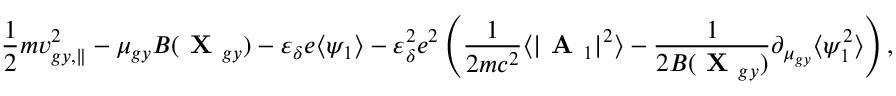
\frac { 1 } { 2 } m v _ { g y , \parallel } ^ { 2 } - \mu _ { g y } B ( \textbf { X } _ { g y } ) - \varepsilon _ { \delta } e \langle \psi _ { 1 } \rangle - \varepsilon _ { \delta } ^ { 2 } e ^ { 2 } \left( \frac { 1 } { 2 m c ^ { 2 } } \langle | \textbf { A } _ { 1 } | ^ { 2 } \rangle - \frac { 1 } { 2 B ( \textbf { X } _ { g y } ) } \partial _ { \mu _ { g y } } \langle \psi _ { 1 } ^ { 2 } \rangle \right) ,